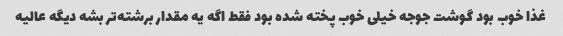
غذا خوب بود گوشت جوجه خیلی خوب پخته شده بود فقط اگه یه مقدار برشته‌تر بشه دیگه عالیه